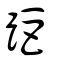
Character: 距